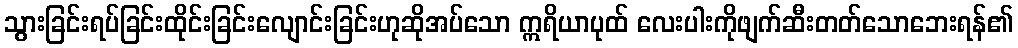
သွားခြင်းရပ်ခြင်းထိုင်းခြင်းလျောင်းခြင်းဟုဆိုအပ်သော ဣရိယာပုထ် လေးပါးကိုဖျက်ဆီးတတ်သောဘေးရန်၏